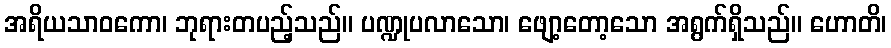
အရိယသာဝကော၊ ဘုရားတပည့်သည်။ ပဏ္ဍုပလာသော၊ ဖျော့တော့သော အရွက်ရှိသည်။ ဟောတိ၊